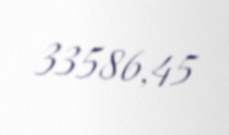
33586,45